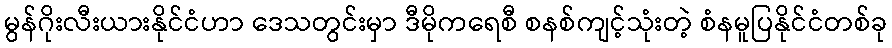
မွန်ဂိုးလီးယားနိုင်ငံဟာ ဒေသတွင်းမှာ ဒီမိုကရေစီ စနစ်ကျင့်သုံးတဲ့ စံနမူပြနိုင်ငံတစ်ခု